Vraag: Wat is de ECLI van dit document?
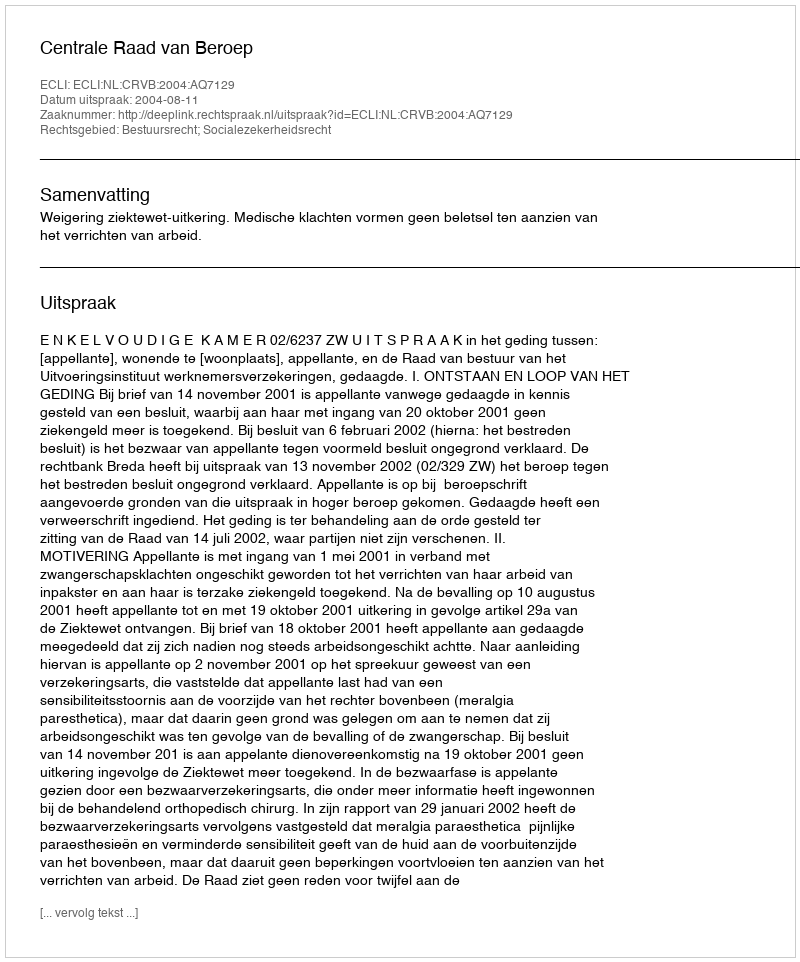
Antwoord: ECLI:NL:CRVB:2004:AQ7129